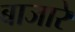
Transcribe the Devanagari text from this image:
बाजारे